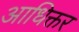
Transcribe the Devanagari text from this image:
आधिक्तर